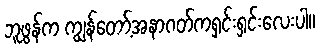
ဘူဖွန်က ကျွန်တော့်အနာဂတ်ကရှင်းရှင်းလေးပါ။